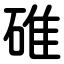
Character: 碓